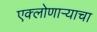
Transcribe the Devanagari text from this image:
एक्लोणार्‍याचा